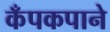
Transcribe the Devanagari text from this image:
कँपकपाने